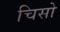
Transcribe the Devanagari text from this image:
चिसो